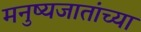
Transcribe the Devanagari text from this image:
मनुष्यजातांच्या